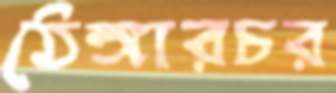
ঠেঙ্গারচর